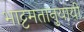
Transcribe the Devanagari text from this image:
भाट्टमतानुयायी